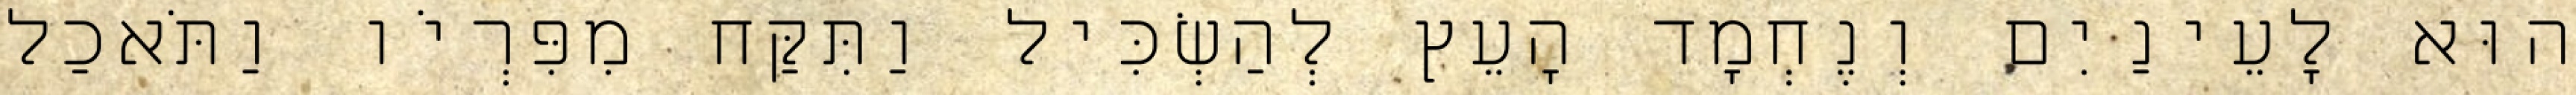
הוּא לָעֵינַיִם וְנֶחְמָד הָעֵץ לְהַשְׂכִּיל וַתִּקַּח מִפִּרְיֹו וַתֹּאכַל